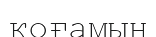
қоғамын